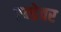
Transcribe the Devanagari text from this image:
एन्डेवर